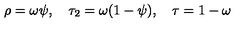
\rho = \omega \psi , \quad \tau _ { 2 } = \omega ( 1 - \psi ) , \quad \tau = 1 - \omega